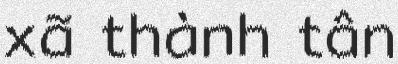
xã thành tân